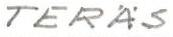
TERÄS